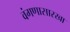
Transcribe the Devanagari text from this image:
वंगणासारखा